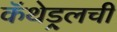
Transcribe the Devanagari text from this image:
कॅथेड्र्लची